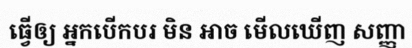
ធ្វើឲ្យ អ្នកបើកបរ មិន អាច មើលឃើញ សញ្ញា